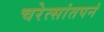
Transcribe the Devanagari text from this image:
चरेत्सांतपनं